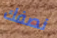
نصفك